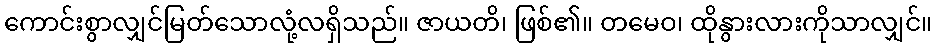
ကောင်းစွာလျှင်မြတ်သောလုံ့လရှိသည်။ ဇာယတိ၊ ဖြစ်၏။ တမေဝ၊ ထိုနွားလားကိုသာလျှင်။